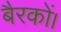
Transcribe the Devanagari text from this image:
बैरकों।